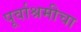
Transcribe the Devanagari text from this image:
पूर्वाश्रमीचा